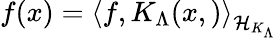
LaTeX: f(x)=\left\langle f,K_{\Lambda}(x,)\right\rangle_{{\cal{H}}_{K_{\Lambda}}}